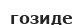
гозиде